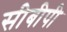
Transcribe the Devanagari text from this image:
सीबीपी